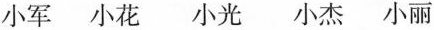
小军 小花 小光 小杰 小丽